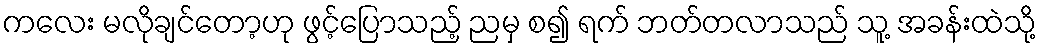
ကလေး မလိုချင်တော့ဟု ဖွင့်ပြောသည့် ညမှ စ၍ ရက် ဘတ်တလာသည် သူ့ အခန်းထဲသို့